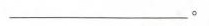
___。